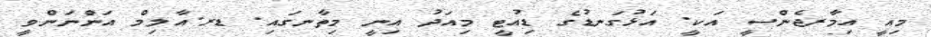
މިއީ އިމާރޖެންސީ އަކީ. އަޅުގަނޑުގެ ޑިއުޓީ މިއަދު އިނީ މިތާނގައި. ޑރ.އާލިމް އަންނަންވީ